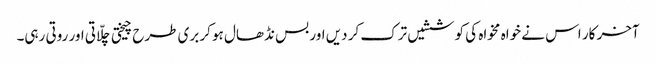
آخر کار اس نے خواہ مخواہ کی کوششیں ترک کر دیں اور بس نڈھال ہو کر بری طرح چیختی چلّاتی اور روتی رہی۔